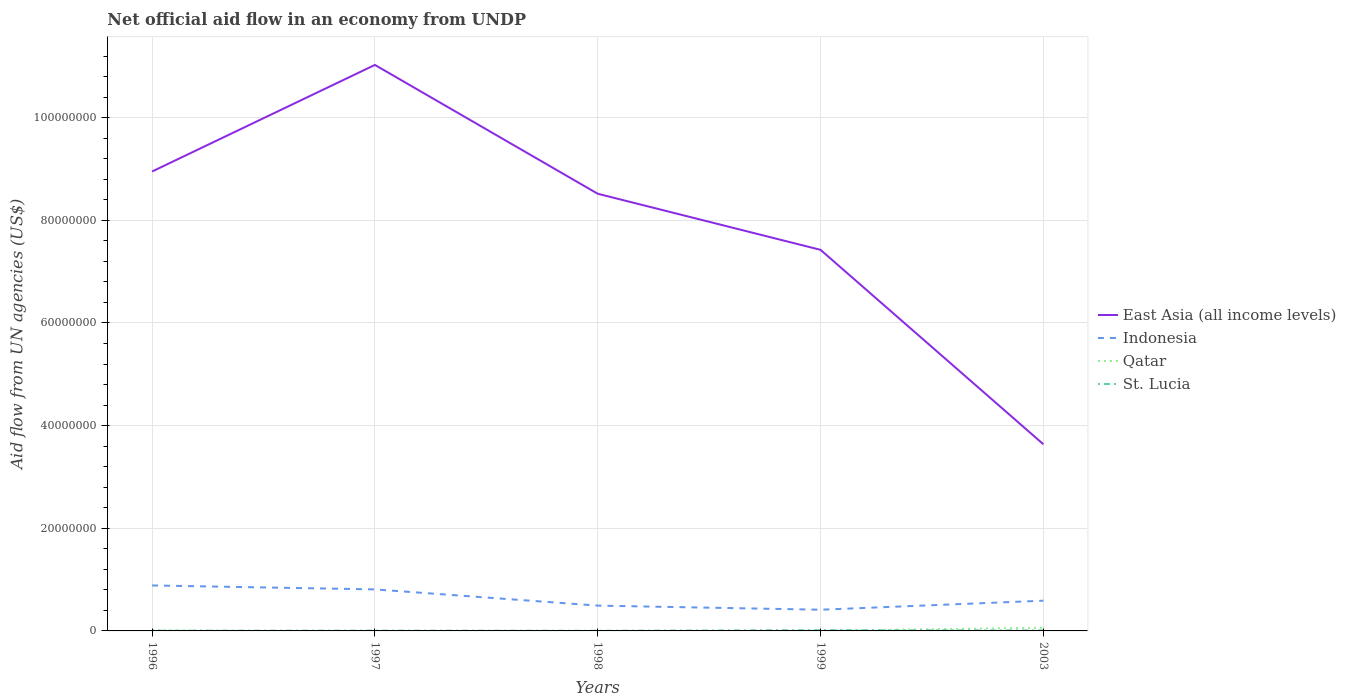
| Years | East Asia (all income levels) | Indonesia | Qatar | St. Lucia |
 | --- | --- | --- | --- | --- |
 | 1996 | 8.95e+07 | 8.86e+06 | 1.3e+05 | 4e+04 |
 | 1997 | 1.1e+08 | 8.09e+06 | -1.7e+05 | 6e+04 |
 | 1998 | 8.52e+07 | 4.93e+06 | -3e+04 | 3e+04 |
 | 1999 | 7.42e+07 | 4.13e+06 | 4e+04 | 1.5e+05 |
 | 2003 | 3.64e+07 | 5.89e+06 | 6.2e+05 | 9e+04 |